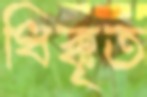
ধিক্‌কৃত